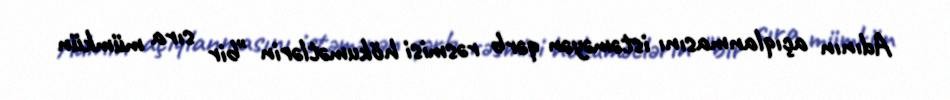
Adının açıqlanmasını istəməyən qərb rəsmisi hökumətlərin "bir sıra mümkün